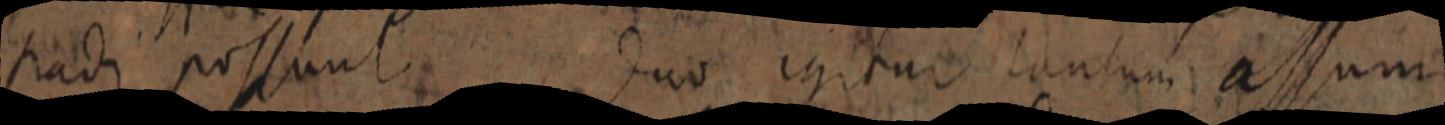
sadi possunr duo igitur tantum assumi